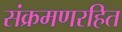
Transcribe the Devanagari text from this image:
संक्रमणरहित